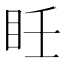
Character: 𥄮